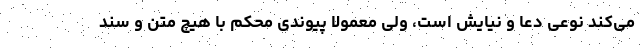
می‌کند نوعی دعا و نیایش است، ولی معمولا پیوندی محکم با هیچ متن و سند